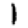
Digit: 1